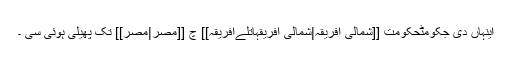
اینہاں دی جکومٹحکومت [[شمالی افریقہ|شمالی افریقہاتلےافریقہ]] چ [[مصر|مصر]] تک پھیلی ہوئی سی ۔